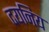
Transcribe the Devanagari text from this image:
दयनिय